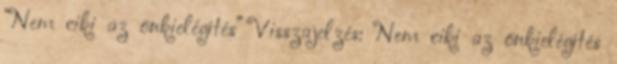
“Nem ciki az önkielégítés” Visszajelzés: Nem ciki az önkielégítés